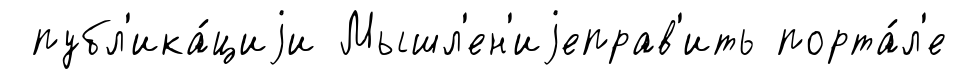
публ'ика́циjи Мышл'ен'иjеправ'ить порта́л'е